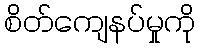
စိတ်ကျေနပ်မှုကို